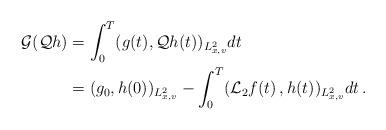
LaTeX: \begin{align*}\mathcal{G}(\mathcal{Q}h)&=\int_0^T(g(t),\mathcal{Q}h(t))_{L^2_{x,v}}dt\\&=(g_0,h(0))_{L^2_{x,v}}- \int_0^T (\mathcal{L}_2 f(t)\,, h(t))_{ L^2_{x,v}}dt\,.\end{align*}